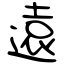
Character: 遠